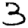
Digit: 3